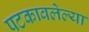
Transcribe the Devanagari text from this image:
पटकावलेल्या